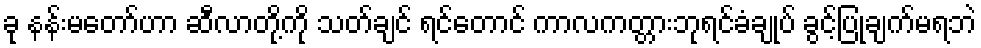
ခု နန်းမတော်ဟာ ဆီလာတို့ကို သတ်ချင် ရင်တောင် ကာလကတ္တားဘုရင်ခံချုပ် ခွင့်ပြုချက်မရဘဲ